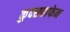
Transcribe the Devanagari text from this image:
कुक्सहाफेन